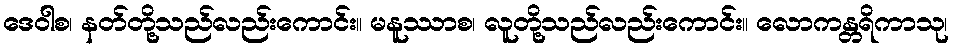
ဒေဝါစ၊ နတ်တို့သည်လည်းကောင်း။ မနူဿာစ၊ လူတို့သည်လည်းကောင်း။ လောကန္တရိကာသု၊